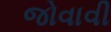
જોવાવી